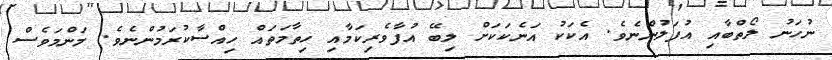
ނުހަނު ލޯތްބާއި އުފަލުންނެވެ. އެކަކު އަނެކަކަށް ލިބޭ އުފާވެރިކަމާއި ހިތާމަތައް ހިއްސާކުރަމުންނެވެ. މަންމަވެސް